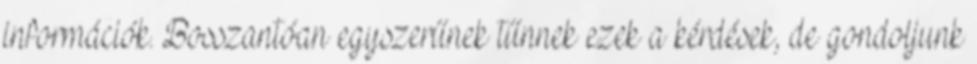
információk. Bosszantóan egyszerűnek tűnnek ezek a kérdések, de gondoljunk